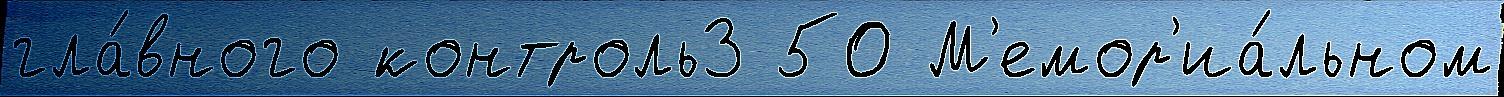
гла́вного контроль3 50 М'емор'иа́льном